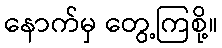
နောက်မှ တွေ့ကြစို့။